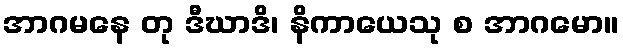
အာဂမနေ တု ဒီဃာဒိ၊ နိကာယေသု စ အာဂမော။